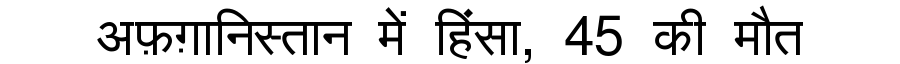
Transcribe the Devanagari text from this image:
अफ़ग़ानिस्तान में हिंसा, 45 की मौत